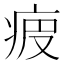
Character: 𤵷